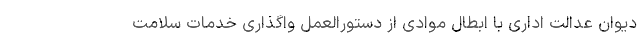
دیوان عدالت اداری با ابطال موادی از دستورالعمل واگذاری خدمات سلامت